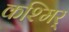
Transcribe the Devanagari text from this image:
कश्मिर्